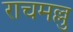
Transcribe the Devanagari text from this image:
राचमल्लु